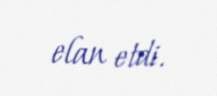
elan etdi.